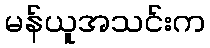
မန်ယူအသင်းက